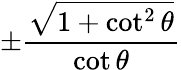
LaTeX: \pm{\frac{\sqrt{1+\cot^{2}\theta}}{\cot\theta}}